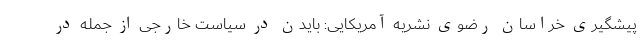
پیشگیری خراسان رضوی نشریه آمریکایی: بایدن در سیاست خارجی از جمله در